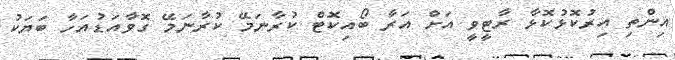
އިންތި އިރުކޮޅުކޮޅާ ރާޓީވީ އަށް އަރާ ބޯއިކޮޓް ކުރާނަމޭ ކުރާނަމޭ ގޮވާއަޑުއަހާ ބަޔަކު